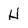
Character: H